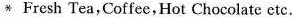
* Fresh Tea,Coffee, Hot Chocolate etc.